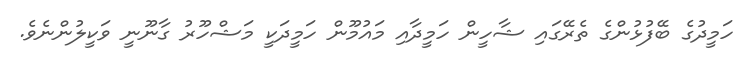
ހަމީދުގެ ބޭފުޅުންގެ ތެރޭގައި ޝާހީން ހަމީދާއި މައުމޫން ހަމީދަކީ މަޝްހޫރު ގާނޫނީ ވަކީލުންނެވެ.